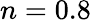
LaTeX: n=0.8